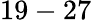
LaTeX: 19-27